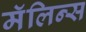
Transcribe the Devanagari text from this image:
मॅलिन्स